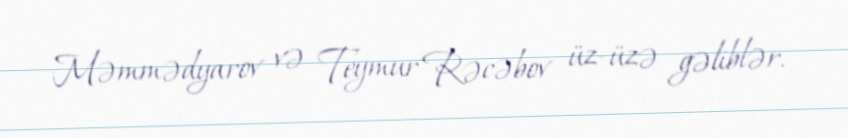
Məmmədyarov və Teymur Rəcəbov üz-üzə gəliblər.